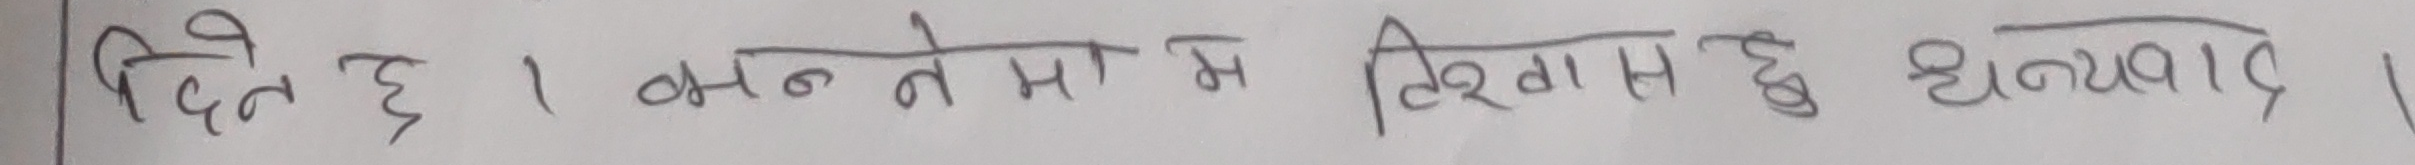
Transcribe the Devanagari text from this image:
दिने छु । भन्ने ते मामा स तिरगाए छु धन्यवाद ।